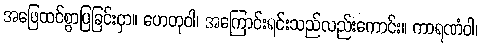
အဖြေထင်စွာပြခြင်းငှာ။ ဟေတုဝါ၊ အကြောင်းရင်းသည်လည်းကောင်း။ ကာရဏံဝါ၊